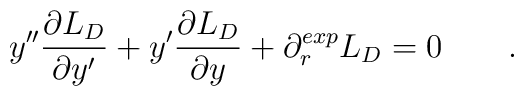
y''{\partial L_D\over {\partial y'}}+y'{\partial L_D\over {\partial y}}+\partial_r^{exp}L_D=0\qquad.